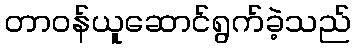
တာဝန်ယူဆောင်ရွက်ခဲ့သည်